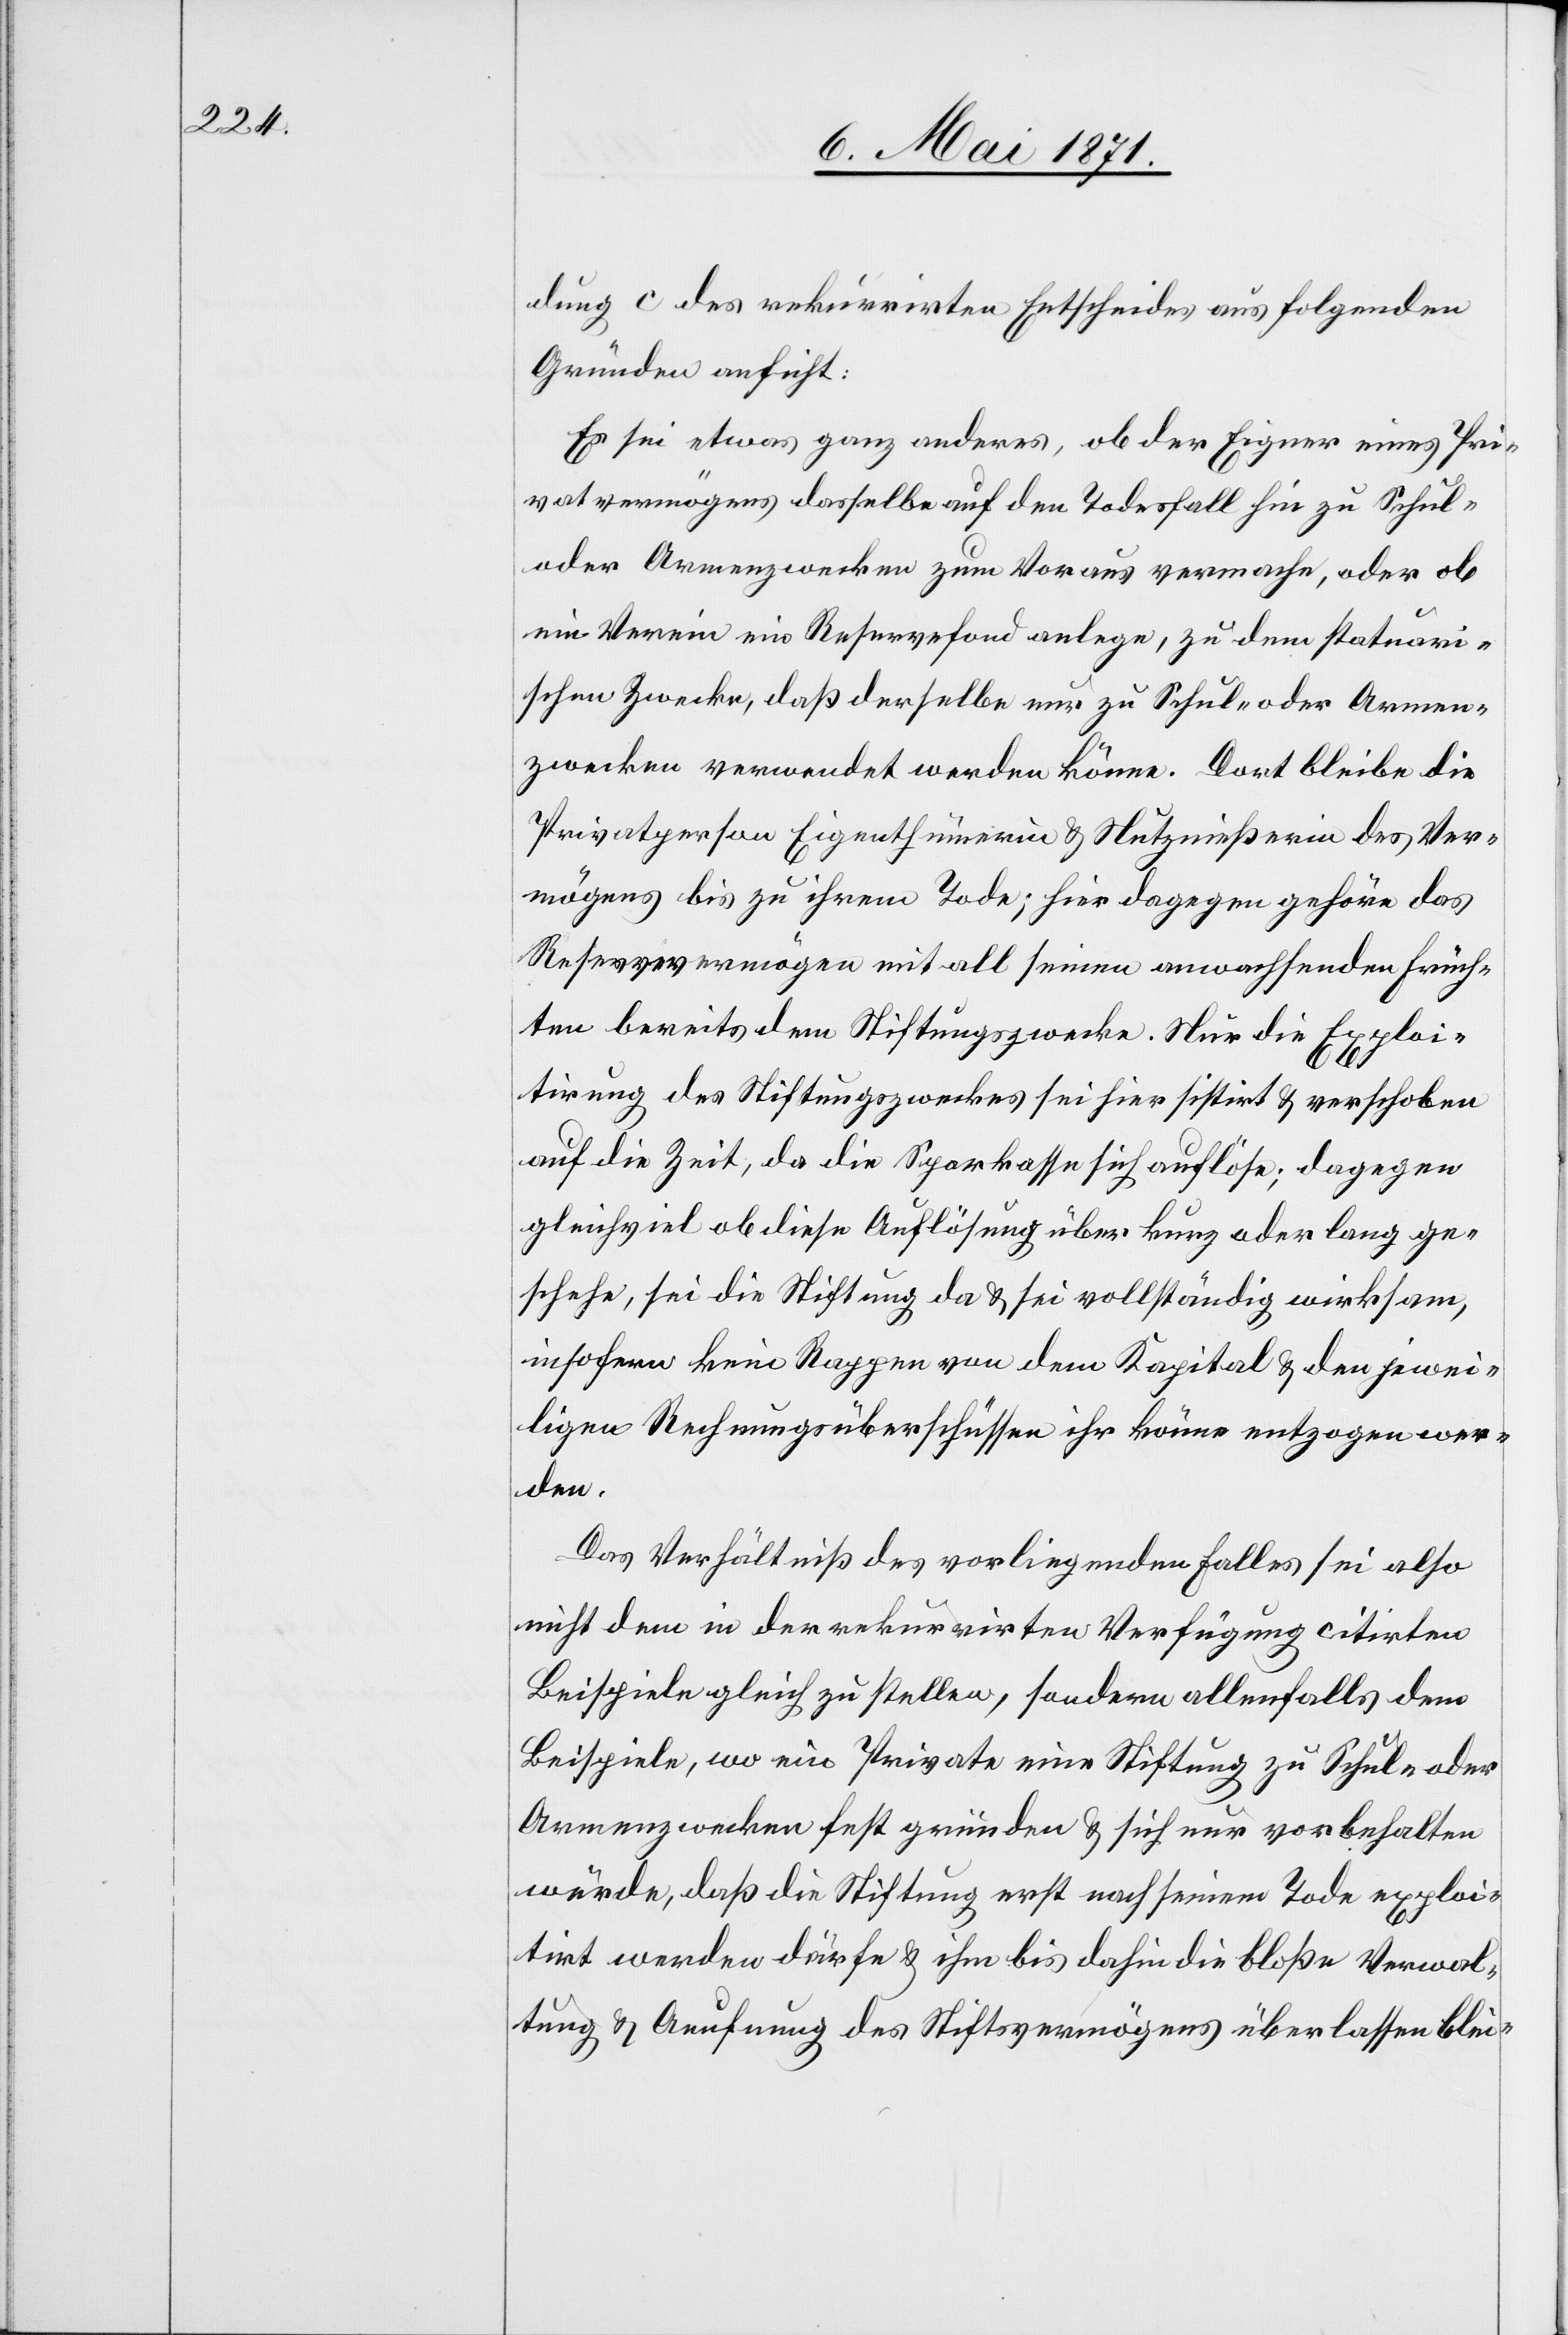
dung c des rekurrirten Entscheides aus folgenden
Gründen anficht:
Es sei etwas ganz anderes, ob der Eigner eines Pri¬
vatvermögens dasselbe auf den Todesfall hin zu Schul-
oder Armenzwecken zum Voraus vermache, oder ob
ein Verein ein Reservefond anlege, zu dem statuari¬
schen Zwecke, daß derselbe nur zu Schul- oder Armen¬
zwecken verwendet werden könne. Dort bleibe die
Privatperson Eigenthümerin u. Nutznießerin des Ver¬
mögens bis zu ihrem Tode; hier dagegen gehöre das
Reservevermögen mit all seinen anwachsenden Früch¬
ten bereits dem Stiftungszwecke. Nur die Exploi¬
tirung des Stiftungszweckes sei hier sistirt u. verschoben
auf die Zeit, da die Sparkasse sich auflöse; dagegen
gleichviel ob diese Auflösung über kurz oder lang ge¬
schehe, sei die Stiftung da u. sei vollständig wirksam,
insofern kein Rappen von dem Kapital u. den jewei¬
ligen Rechnungsüberschüssen ihr könne entzogen wer¬
den.
Das Verhältniß des vorliegenden Falles sei also
nicht dem in der rekurrirten Verfügung citirten
Beispiele gleich zu stellen, sondern allenfalls dem
Beispiele, wo ein Private eine Stiftung zu Schul- oder
Armenzwecken fest gründen u. sich nur vorbehalten
würde, daß die Stiftung erst nach seinem Tode exploi¬
tirt werden dürfe u. ihm bis dahin die bloße Verwal¬
tung u. Aeufnung des Stiftsvermögens überlassen blei-